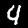
Label: 4